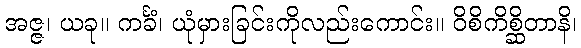
အဇ္ဇ၊ ယခု။ ကင်္ခံ၊ ယုံမှားခြင်းကိုလည်းကောင်း။ ဝိစိကိစ္ဆိတာနိ၊